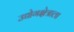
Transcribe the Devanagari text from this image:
उद्योगक्षेत्राला